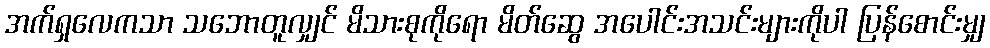
အက်ရှလေကသာ သဘောတူလျှင် မိသားစုကိုရော မိတ်ဆွေ အပေါင်းအသင်းများကိုပါ ပြန်စောင်းမျှ